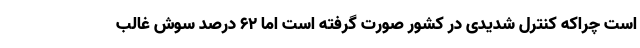
است چراکه کنترل شدیدی در کشور صورت گرفته است اما ۶۲ درصد سوش غالب